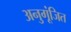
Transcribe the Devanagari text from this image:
अनुगूंजित